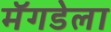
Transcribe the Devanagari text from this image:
मॅगडेला